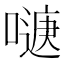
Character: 𭊹